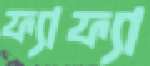
ফ্যাফ্যা